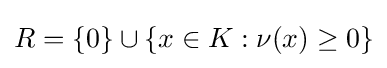
R=\{0\}\cup \{x\in K:\nu (x)\geq 0\}